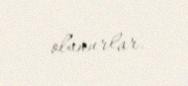
olunurlar.